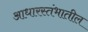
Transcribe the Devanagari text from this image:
आधारस्तंभातील